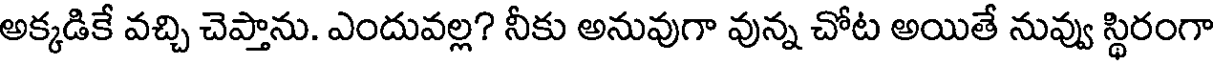
అక్కడికే వచ్చి చెప్తాను. ఎందువల్ల? నీకు అనువుగా వున్న చోట అయితే నువ్వు స్థిరంగా